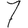
Digit: 7